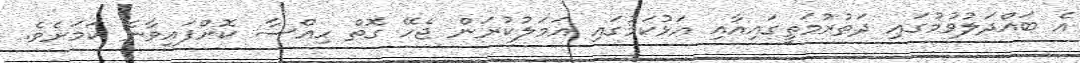
އެ ބައްދަލުވުމުގައި ދަތުރުމަތީގައިއާއި އަޅުކަމުގައި އަމަލުކުރަން ޖެހޭ ގޮތް ހިއްސާ ކޮށްފައިވާނެ ކަމަށެވެ.